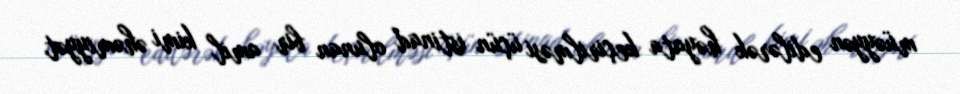
müəyyən edilərək həyata keçirilməsi üçün istinad olunan bir amil kimi əhəmiyyət